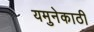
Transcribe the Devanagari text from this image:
यमुनेकाठी